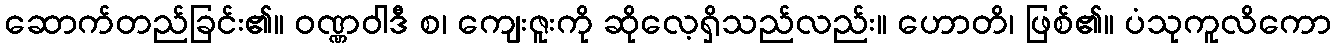
ဆောက်တည်ခြင်း၏။ ဝဏ္ဏဝါဒီ စ၊ ကျေးဇူးကို ဆိုလေ့ရှိသည်လည်း။ ဟောတိ၊ ဖြစ်၏။ ပံသုကူလိကော